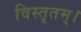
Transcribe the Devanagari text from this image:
विस्तृतम्।